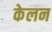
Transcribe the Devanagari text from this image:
केलन